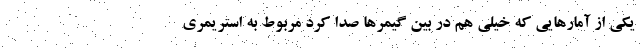
یکی از آمارهایی که خیلی هم در بین گیمرها صدا کرد مربوط به استریمری